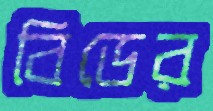
বিডের